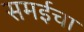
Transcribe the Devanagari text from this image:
समईचा